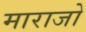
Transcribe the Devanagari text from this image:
माराजो